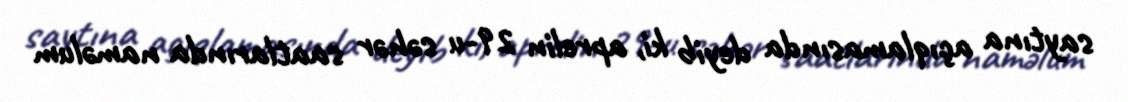
saytına açıqlamasında deyib ki, aprelin 29-u səhər saatlarında naməlum